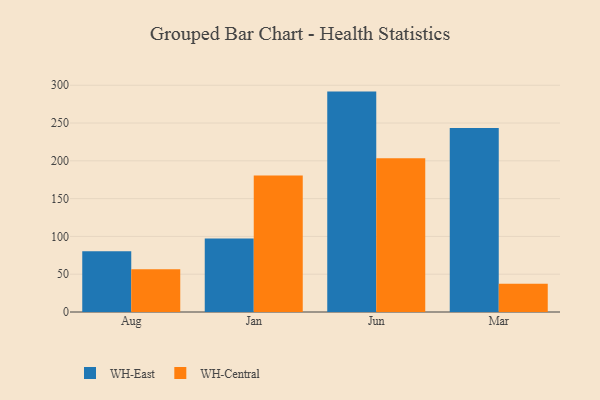
{"axis": {"x": "Month", "y": "Net Income (USD K)"}, "legend": ["WH-Central", "WH-East"], "data": [{"x": "Aug", "y": 80.5, "type": "WH-East"}, {"x": "Aug", "y": 56.5, "type": "WH-Central"}, {"x": "Jan", "y": 97.1, "type": "WH-East"}, {"x": "Jan", "y": 180.7, "type": "WH-Central"}, {"x": "Jun", "y": 291.6, "type": "WH-East"}, {"x": "Jun", "y": 203.5, "type": "WH-Central"}, {"x": "Mar", "y": 243.4, "type": "WH-East"}, {"x": "Mar", "y": 37.3, "type": "WH-Central"}]}